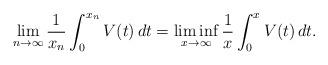
LaTeX: \begin{align*}\lim_{n\to\infty} \frac 1{x_n} \int_0^{x_n} V(t)\,dt = \liminf_{x\to\infty} \frac 1{x} \int_0^{x} V(t)\,dt.\end{align*}